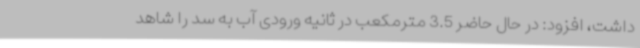
داشت، افزود: در حال حاضر 3.5 مترمکعب در ثانیه ورودی آب به سد را شاهد